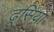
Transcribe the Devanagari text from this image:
ढूसिया